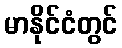
မာနိုင်ငံတွင်